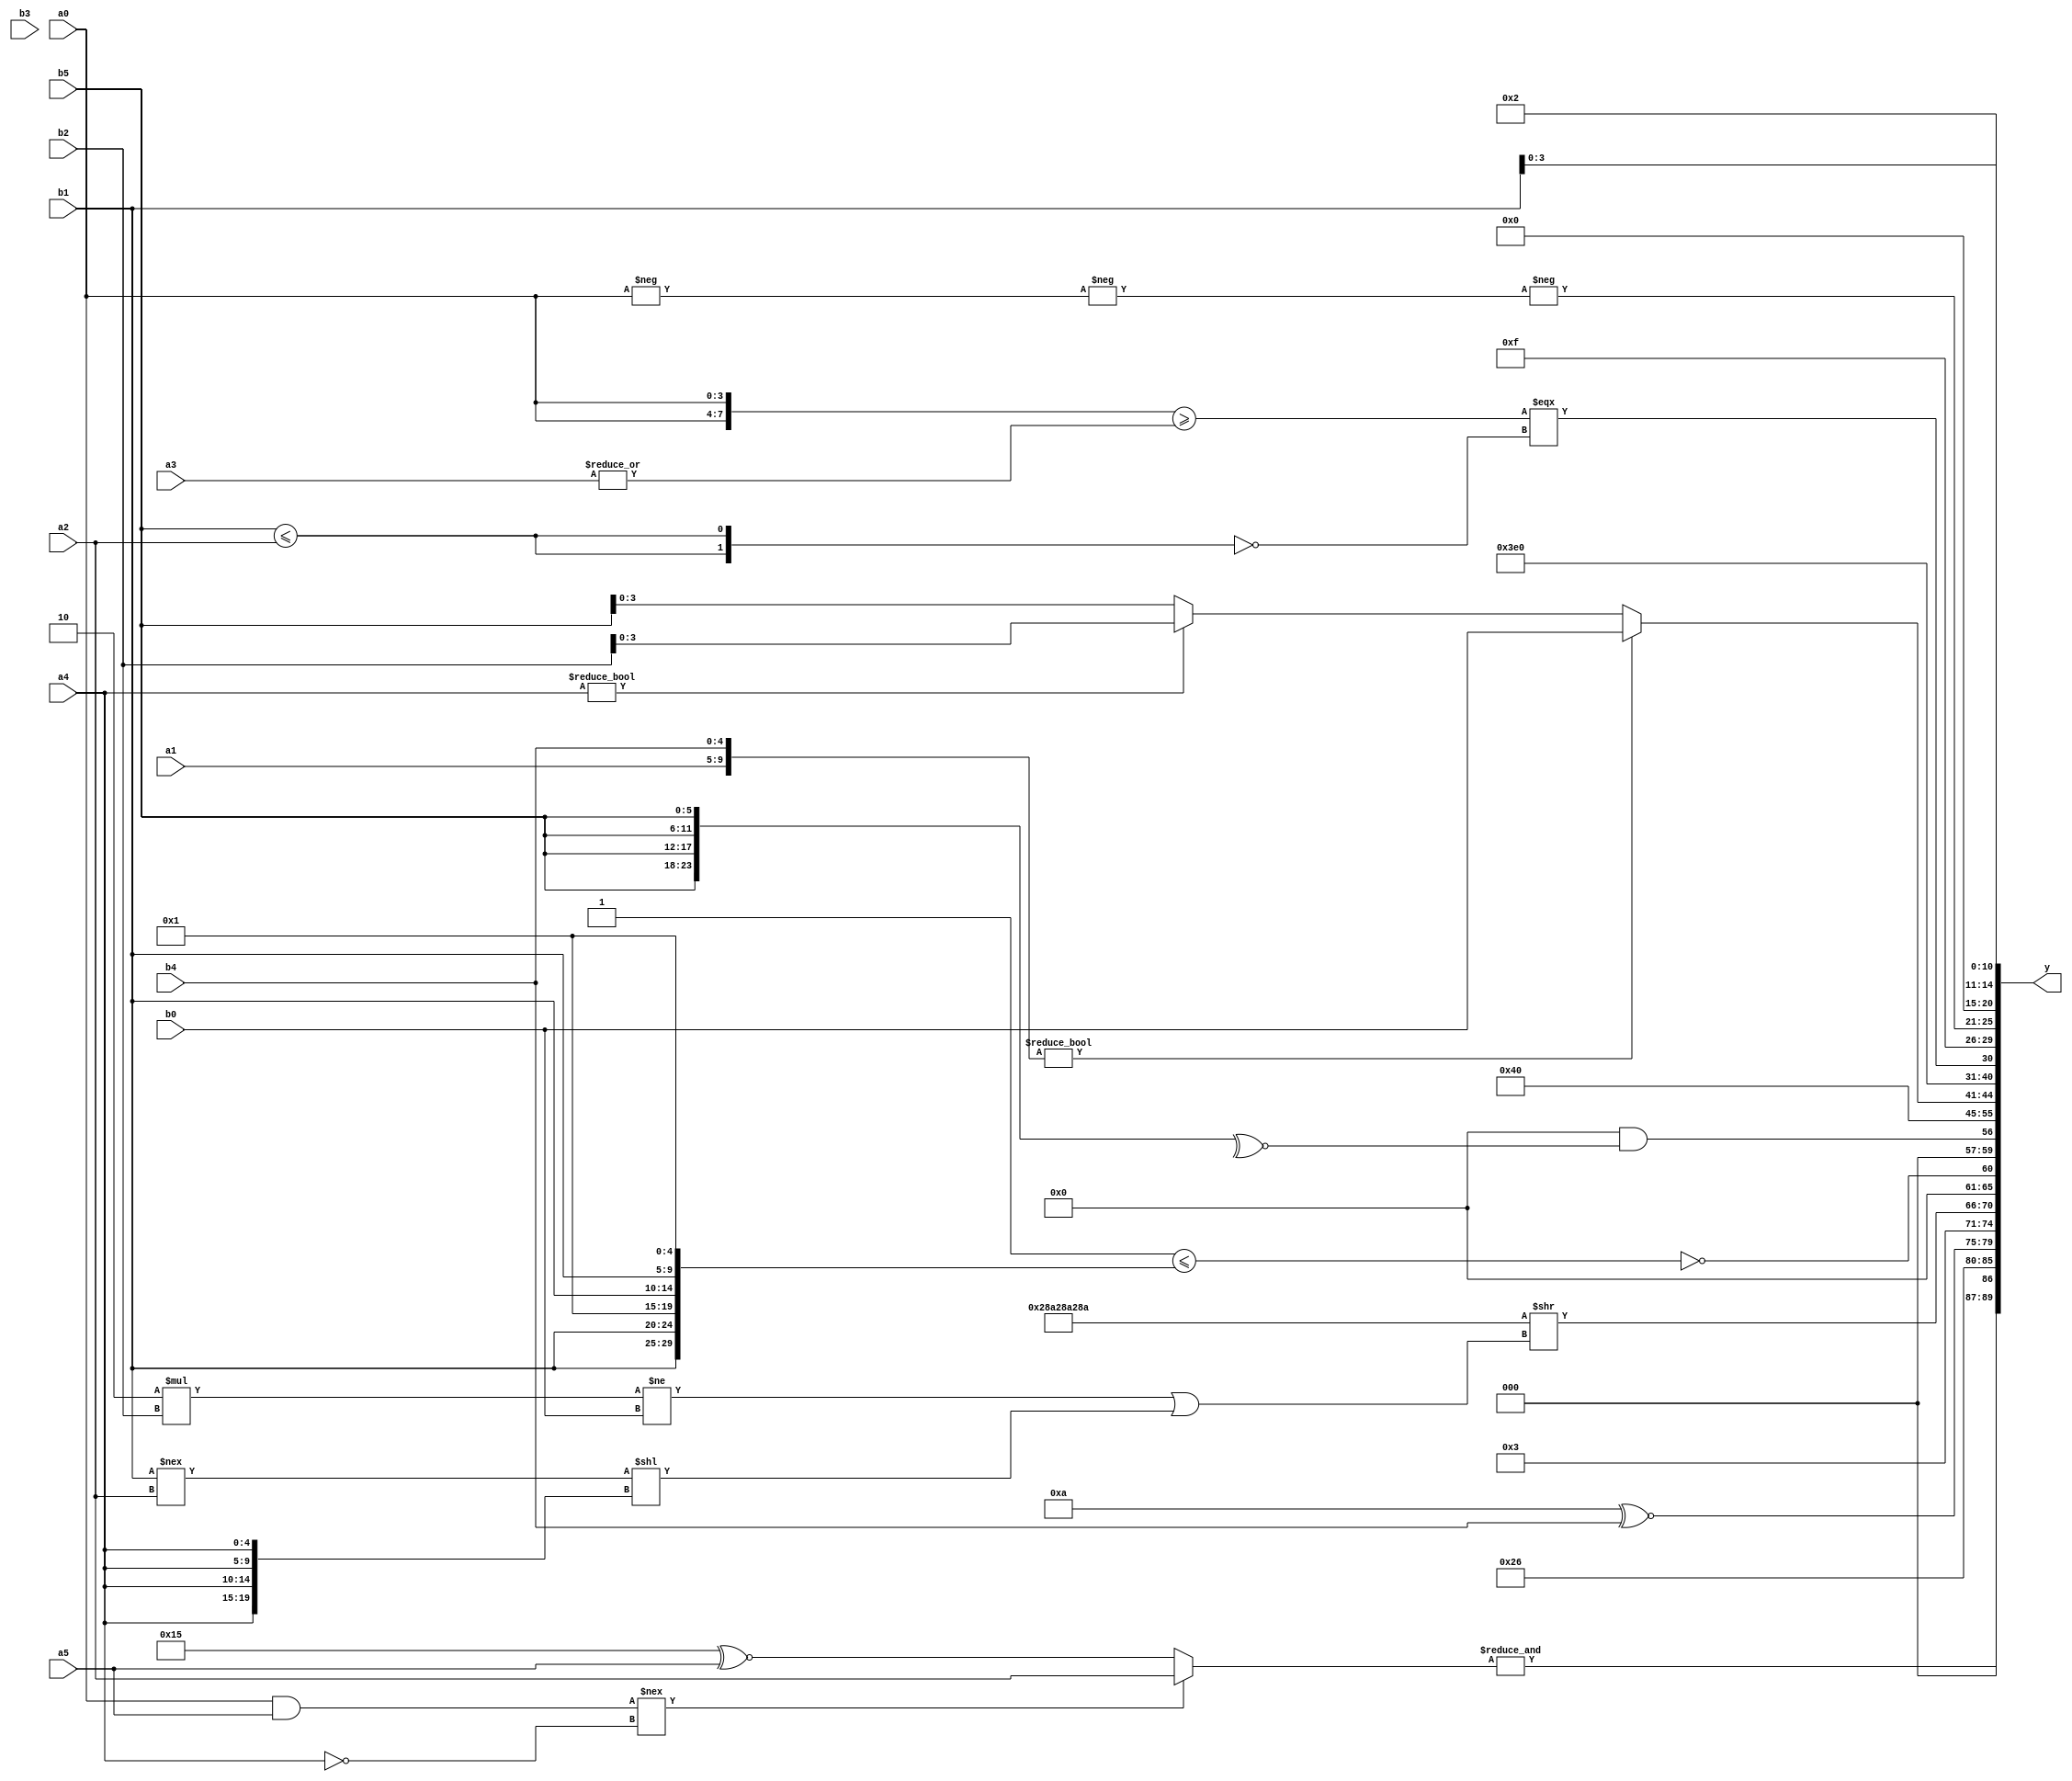
module expression_00782(a0, a1, a2, a3, a4, a5, b0, b1, b2, b3, b4, b5, y);
  input [3:0] a0;
  input [4:0] a1;
  input [5:0] a2;
  input signed [3:0] a3;
  input signed [4:0] a4;
  input signed [5:0] a5;

  input [3:0] b0;
  input [4:0] b1;
  input [5:0] b2;
  input signed [3:0] b3;
  input signed [4:0] b4;
  input signed [5:0] b5;

  wire [3:0] y0;
  wire [4:0] y1;
  wire [5:0] y2;
  wire signed [3:0] y3;
  wire signed [4:0] y4;
  wire signed [5:0] y5;
  wire [3:0] y6;
  wire [4:0] y7;
  wire [5:0] y8;
  wire signed [3:0] y9;
  wire signed [4:0] y10;
  wire signed [5:0] y11;
  wire [3:0] y12;
  wire [4:0] y13;
  wire [5:0] y14;
  wire signed [3:0] y15;
  wire signed [4:0] y16;
  wire signed [5:0] y17;

  output [89:0] y;
  assign y = {y0,y1,y2,y3,y4,y5,y6,y7,y8,y9,y10,y11,y12,y13,y14,y15,y16,y17};

  localparam [3:0] p0 = {{((-2'sd0)&(2'd3)),{(4'd4),(2'd0)},{(3'd0),(3'sd1),(3'd5)}},{((2'd0)?(4'sd7):(-4'sd7)),((5'sd14)==(4'd8))},({(4'sd0),(-4'sd4)}?((5'sd12)>=(4'sd3)):{(3'd7),(5'sd7),(-5'sd11)})};
  localparam [4:0] p1 = (~^(2'sd0));
  localparam [5:0] p2 = (4'sd4);
  localparam signed [3:0] p3 = (-4'sd3);
  localparam signed [4:0] p4 = (&(-3'sd2));
  localparam signed [5:0] p5 = (~|{(~&{{{(2'd0)},(^(5'd30))},(|(!(~^(-5'sd9))))})});
  localparam [3:0] p6 = ((((5'd24)===(2'd2))<<<(5'd15))^~(-((4'd7)^(5'd7))));
  localparam [4:0] p7 = (((-2'sd1)||(2'sd0))||((3'd5)&&(2'd0)));
  localparam [5:0] p8 = (((-2'sd0)<(5'd10))<<(5'd29));
  localparam signed [3:0] p9 = ((3'sd3)?(4'd0):((-5'sd13)?(-5'sd2):(3'd0)));
  localparam signed [4:0] p10 = {((-2'sd1)!=(5'd27)),{2{(4'd1)}},{(2'd1),(3'd2),(-3'sd3)}};
  localparam signed [5:0] p11 = ({3{(2'sd1)}}>>>(~&(&(-(-3'sd3)))));
  localparam [3:0] p12 = ((-5'sd6)+(-2'sd0));
  localparam [4:0] p13 = ({(!(-3'sd2))}?{2{(4'd1)}}:((-5'sd3)?(-5'sd1):(2'sd0)));
  localparam [5:0] p14 = {4{{3{(5'd30)}}}};
  localparam signed [3:0] p15 = {2{(|(~{2{(-3'sd0)}}))}};
  localparam signed [4:0] p16 = (3'd7);
  localparam signed [5:0] p17 = (|{(-(~&{{{(~^(&(2'd1))),(|(&(-3'sd3))),(~|(|(2'd2)))}}}))});

  assign y0 = (&($signed($unsigned(((a0&&a5)!==(!a4))))?$unsigned(((p16?a2:p13))):($unsigned(p0)?(p10^~a5):(p10?p12:p16))));
  assign y1 = (5'd19);
  assign y2 = ($signed(((3'sd3)?(&p6):{p11}))?$unsigned($unsigned($unsigned($signed($unsigned((p12^~b4)))))):(((p13?b3:b0)?{p10,a2,a5}:(p1?b4:p13))));
  assign y3 = (4'sd3);
  assign y4 = ({3{{{2{p11}}}}}>>(((4'd2 * b2)!={b0})||((b1!==a2)<<{4{a4}})));
  assign y5 = ((~|(&(({({p6,p8,p17}||{p3,p1})}<={2{{b1,b1,p7}}})))));
  assign y6 = ((5'd2 * (!(|p7)))&&(~^{4{(b5)}}));
  assign y7 = ((p6>p17)/p1);
  assign y8 = {3{((2'd0))}};
  assign y9 = ({a1,b4}?(b4?b0:b0):(a4?b2:b5));
  assign y10 = (-2'sd1);
  assign y11 = (({2{a0}}>=(|$unsigned(a3)))===(!{2{(b5<=a2)}}));
  assign y12 = {4{(p2>p7)}};
  assign y13 = (-(-(-{1{{4{{p12,a0}}}}})));
  assign y14 = (+(-2'sd0));
  assign y15 = ($unsigned(p15)?{p16,b1}:(&p0));
  assign y16 = (~&(~|(~|(|(~^(|(~&(&(+(!(+(~^(-(+(+(~^(^(~^(&(!p9))))))))))))))))))));
  assign y17 = ({p2,p15}-(p12&&p3));
endmodule